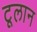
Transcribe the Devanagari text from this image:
टूलान